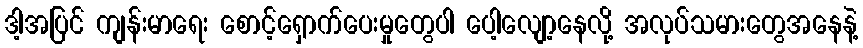
ဒါ့အပြင် ကျန်းမာရေး စောင့်ရှောက်ပေးမှုတွေပါ ပေါ့လျော့နေလို့ အလုပ်သမားတွေအနေနဲ့